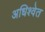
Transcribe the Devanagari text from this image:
अधिश्वेत